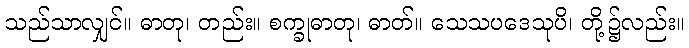
သည်သာလျှင်။ ဓာတု၊ တည်း။ စက္ခုဓာတု၊ ဓာတ်။ သေသပဒေသုပိ၊ တို့၌လည်း။